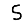
Digit: 5